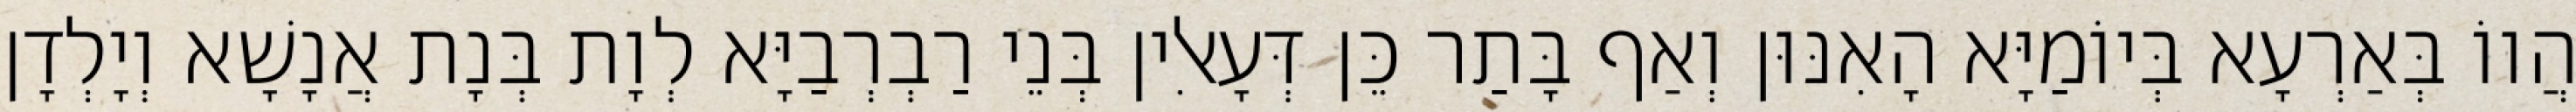
הֲווֹ בְּאַרְעָא בְּיוֹמַיָּא הָאִנּוּן וְאַף בָּתַר כֵּן דְּעָאלִין בְּנֵי רַבְרְבַיָּא לְוָת בְּנָת אֲנָשָׁא וְיָלְדָן